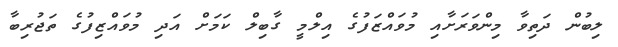
ލިބުން ދަތިވާ މިންވަރަށާއި މުވައްޒަފުގެ އިލްމީ ގާބިލް ކަމަށް އަދި މުވައްޒިފުގެ ތަޖުރިބާ